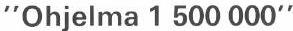
"Ohjelma 1 500 000"